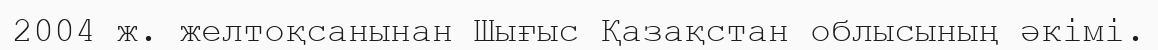
2004 ж. желтоқсанынан Шығыс Қазақстан облысының әкімі.